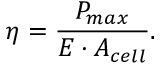
\eta = { \frac { P _ { m a x } } { E \cdot A _ { c e l l } } } .